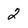
Character: 2